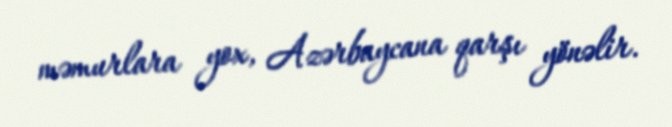
məmurlara yox, Azərbaycana qarşı yönəlir.